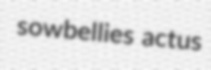
sowbellies actus